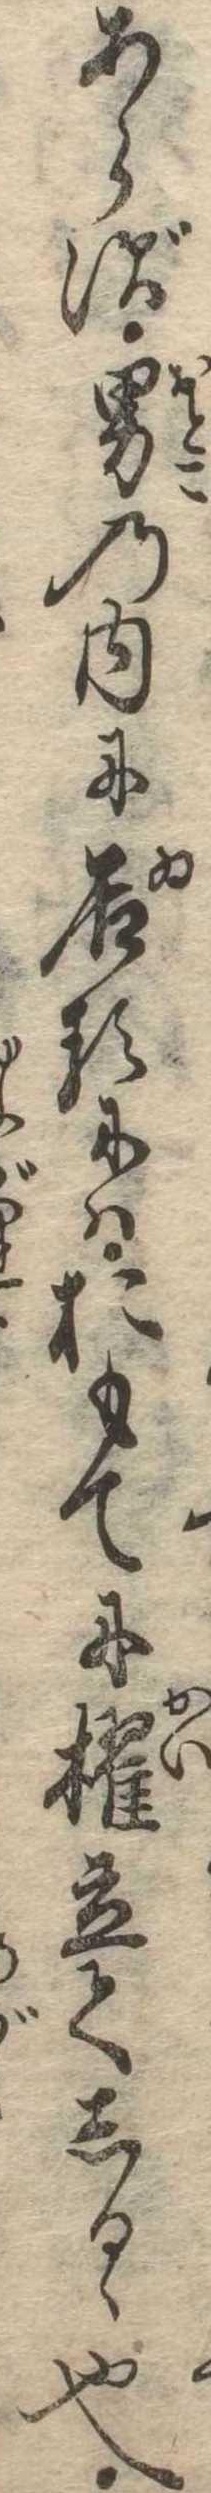
あらず男の内に居るにはおもてに櫂立てしるゝ也